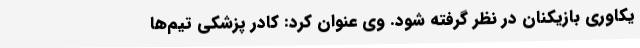
یکاوری بازیکنان در نظر گرفته شود. وی عنوان کرد: کادر پزشکی تیم‌ها